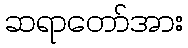
ဆရာတော်အား